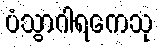
ပံသွာဂါရကေသု